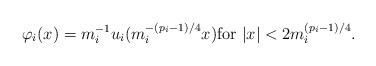
LaTeX: \begin{align*}\varphi_i(x)=m_i^{-1} u_i(m_i^{-(p_i-1)/4} x) \mbox{for }|x|<2 m_i^{(p_i-1)/4}.\end{align*}